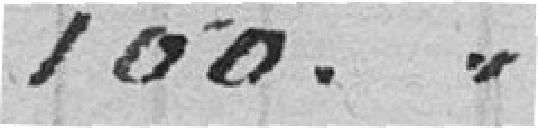
100. "